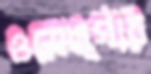
ওয়েঙ্গার